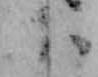
小